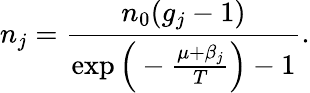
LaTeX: n_{j}=\frac{n_{0}(g_{j}-1)}{\exp{\Big(-\frac{\mu+\beta_{j}}{T}\Big)}-1}.